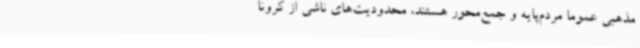
مذهبی عموما مردم‌پایه و جمع‌محور هستند، محدودیت‌های ناشی از کرونا